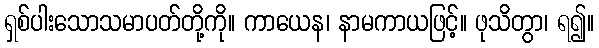
ရှစ်ပါးသောသမာပတ်တို့ကို။ ကာယေန၊ နာမကာယဖြင့်။ ဖုသိတွာ၊ ရ၍။